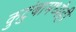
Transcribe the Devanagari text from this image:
कुटुंबामध्येही